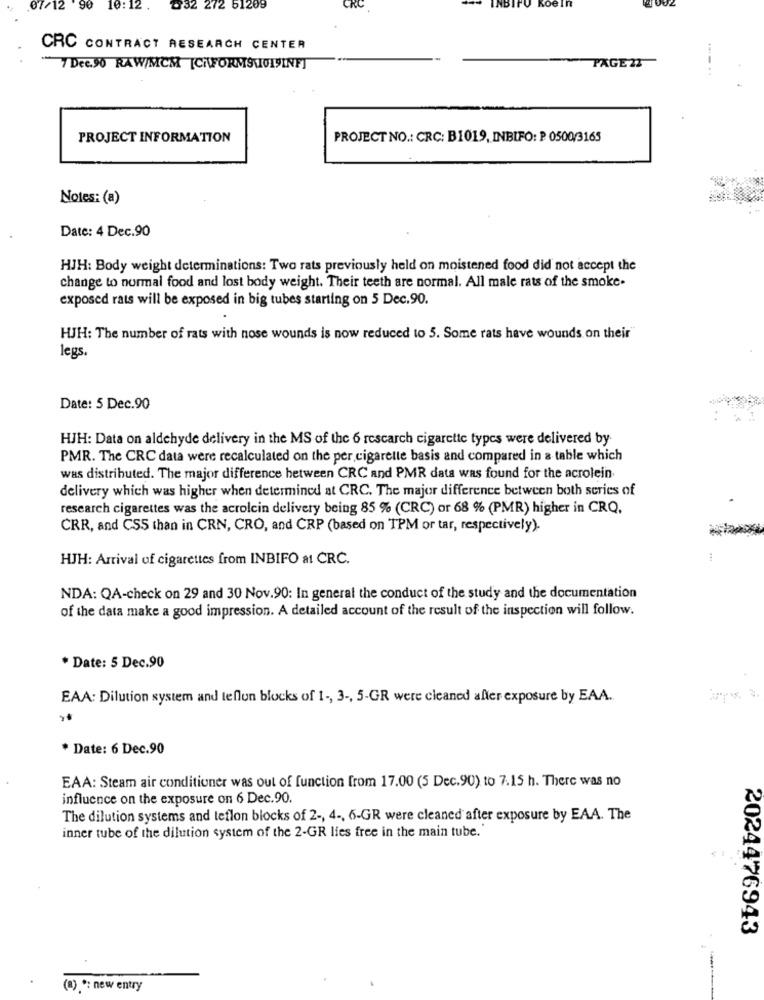
NBIT
.07/12 90
10:12 .
৳32 272 51209
CRC
Koe In
CRC CONTRACT RESEARCH CENTER
7 Dec.90 RAW/MCM [CKFORMSVOISINF]
PAGE 22
....
PROJECT INFORMATION
PROJECT NO .: CRC: B1019, INBIFO: P 0500/3165
Notes: (a)
Date: 4 Dec.90
HJH: Body weight determinations: Two rats previously held on moistened food did not accept the
change to normal food and lost body weight. Their teeth are normal. All male rats of the smoke.
exposed rais will be exposed in big tubes starting on 5 Dec.90.
HJH: The number of rats with nose wounds is now reduced to 5. Some rats have wounds on their
legs.
Date: 5 Dec.90
HJH: Data on aldehyde delivery in the MS of the 6 rescarch cigarette types were delivered by
PMR. The CRC data were recalculated on the per cigarette basis and compared in a table which
was distributed. The major difference between CRC and PMR data was found for the acrolein
delivery which was higher when determined at CRC. The major difference between both series of
research cigarettes was the acrolcin delivery being 85 % (CRC) or 68 % (PMR) higher in CRQ.
CRR, and CSS than in CRN, CRO, and CRP (based on TPM or tar, respectively).
HJH: Arrival of cigarettes from INBIFO at CRC.
NDA: QA-check on 29 and 30 Nov.90: In general the conduct of the study and the documentation
of the data make a good impression. A detailed account of the result of the inspection will follow.
* Date: 5 Dec.90
EAA: Dilution system and teflon blocks of 1 -, 3 -, 5-GR were cleaned after exposure by EAA.
* Date: 6 Dec.90
EAA: Steam air conditioner was out of function from 17.00 (5 Dec.90) to 7.15 h. There was no
influence on the exposure on 6 Dec.90.
The dilution systems and teflon blocks of 2 -, 4 -, 6-GR were cleaned after exposure by EAA. The
inner tube of the dilution system of the 2-GR lies free in the main tube.
2024476943
(a) *: new entry